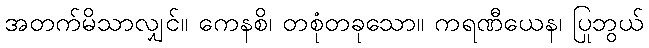
အတက်မိသာလျှင်။ ကေနစိ၊ တစုံတခုသော။ ကရဏီယေန၊ ပြုဘွယ်